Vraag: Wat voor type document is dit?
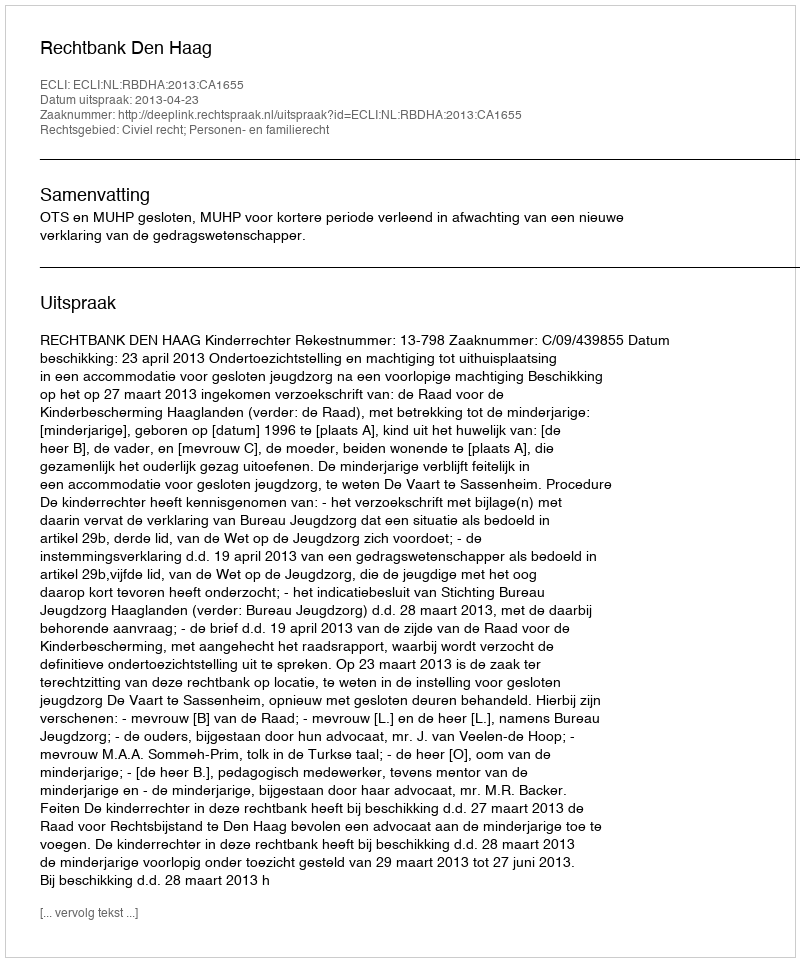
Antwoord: Uitspraak